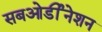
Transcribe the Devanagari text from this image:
सबओर्डीनेशन